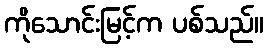
ကိုသောင်းမြင့်က ပစ်သည်။